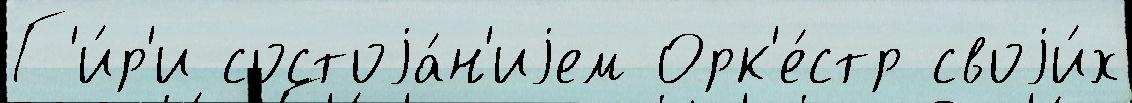
Г'и́р'и состоjа́н'иjем Орк'е́стр своjи́х